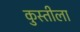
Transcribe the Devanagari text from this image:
कुस्तीला